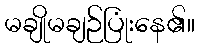
မချိုမချဉ်ပြုံးနေ၏။